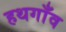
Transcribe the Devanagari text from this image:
हथगाँव